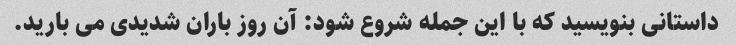
داستانی بنویسید که با این جمله شروع شود: آن روز باران شدیدی می بارید.